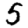
Digit: 5